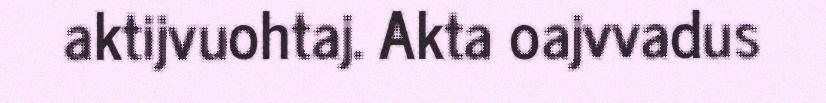
aktijvuohtaj. Akta oajvvadus